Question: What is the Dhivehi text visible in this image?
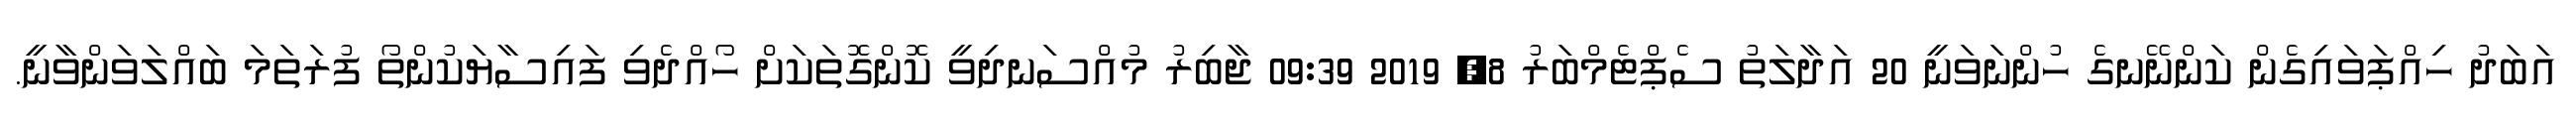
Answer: އަބަދު ހިއްޕަވައިގެން ކަންނޭނގެ ހުންނަވަނީ 20 އަދާލަތު ސެޕްޓެމްބަރު 8, 2019 09:39 ޖާބިރު މުއްސަނދިވީ ކޮންގޮތަކަށް ހޯއްދެވި ފައިސާޔަކުންތޯ ފުރަތަމަ ބައްލަވަންވާނީ.